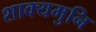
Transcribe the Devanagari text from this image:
शाक्‍यमुनि